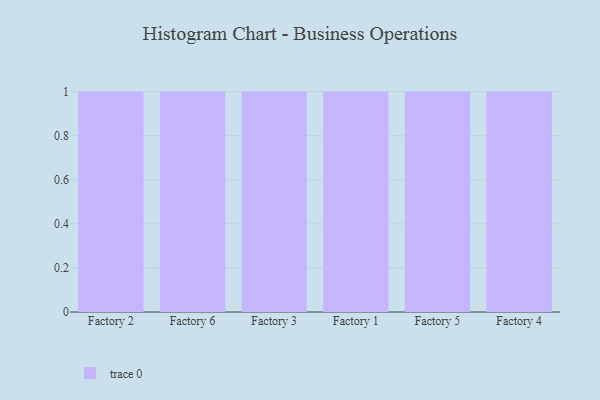
{"axis": {"x": "Factory", "y": "Churn Rate (%)"}, "legend": [""], "data": [{"x": "Factory 2", "y": 86, "type": ""}, {"x": "Factory 6", "y": 30, "type": ""}, {"x": "Factory 3", "y": 28, "type": ""}, {"x": "Factory 1", "y": 84, "type": ""}, {"x": "Factory 5", "y": 13, "type": ""}, {"x": "Factory 4", "y": 86, "type": ""}]}